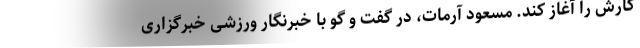
کارش را آغاز کند. مسعود آرمات، در گفت و گو با خبرنگار ورزشی خبرگزاری